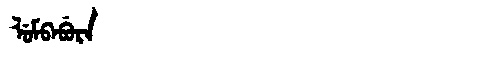
Manchu: ᠯᡠᠮᠪᠠᠪᡠᡵᠠ
Romanization: LUMBABURA